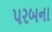
પરબના